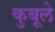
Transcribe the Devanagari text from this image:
कुबूले